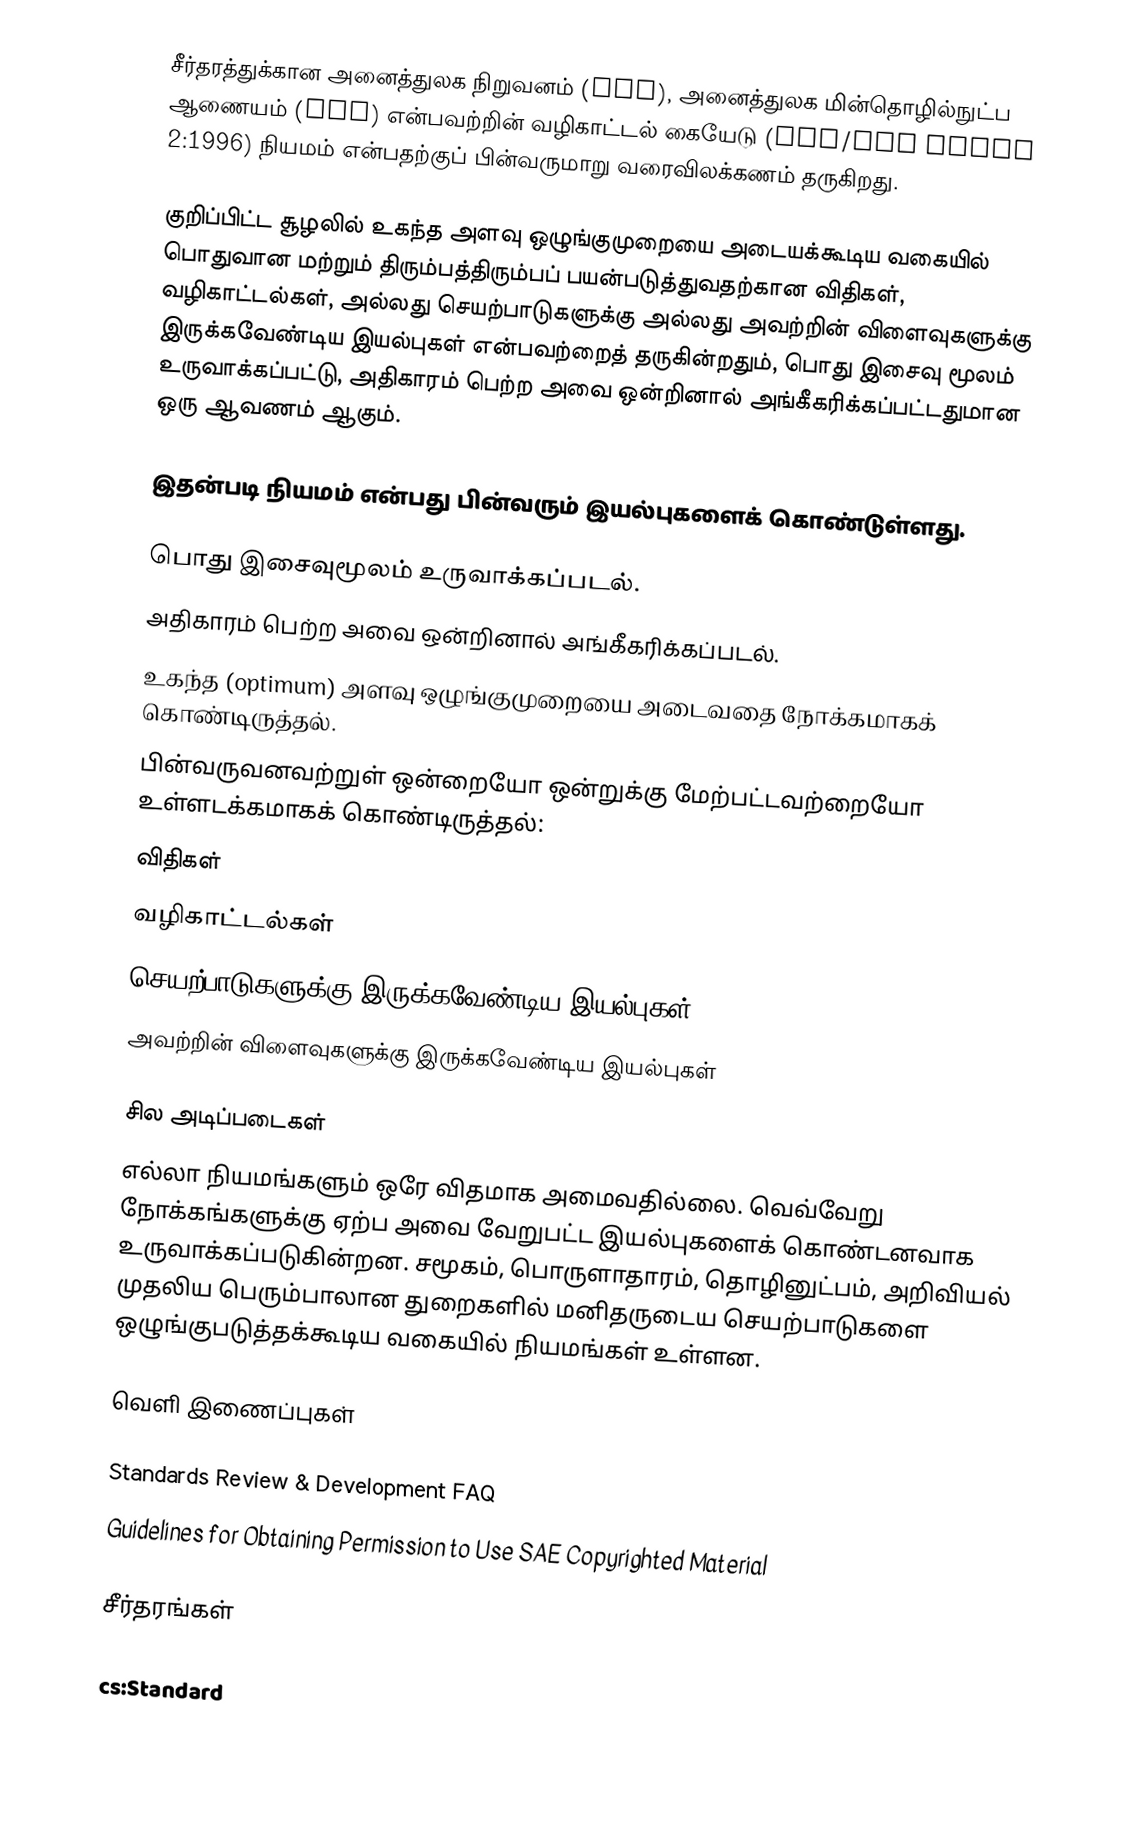
சீர்தரத்துக்கான அனைத்துலக நிறுவனம் (ISO), அனைத்துலக மின்தொழில்நுட்ப ஆணையம் (IEC) என்பவற்றின் வழிகாட்டல் கையேடு (ISO/IEC Guide 2:1996)  நியமம் என்பதற்குப் பின்வருமாறு வரைவிலக்கணம் தருகிறது.

குறிப்பிட்ட சூழலில் உகந்த அளவு ஒழுங்குமுறையை அடையக்கூடிய வகையில் பொதுவான மற்றும் திரும்பத்திரும்பப் பயன்படுத்துவதற்கான விதிகள், வழிகாட்டல்கள், அல்லது செயற்பாடுகளுக்கு அல்லது அவற்றின் விளைவுகளுக்கு இருக்கவேண்டிய இயல்புகள் என்பவற்றைத் தருகின்றதும், பொது இசைவு மூலம் உருவாக்கப்பட்டு, அதிகாரம் பெற்ற அவை ஒன்றினால் அங்கீகரிக்கப்பட்டதுமான ஒரு ஆவணம் ஆகும்.

இதன்படி நியமம் என்பது பின்வரும் இயல்புகளைக் கொண்டுள்ளது.

 பொது இசைவுமூலம் உருவாக்கப்படல்.
 அதிகாரம் பெற்ற அவை ஒன்றினால் அங்கீகரிக்கப்படல்.
 உகந்த (optimum) அளவு ஒழுங்குமுறையை அடைவதை நோக்கமாகக் கொண்டிருத்தல்.
 பின்வருவனவற்றுள் ஒன்றையோ ஒன்றுக்கு மேற்பட்டவற்றையோ உள்ளடக்கமாகக் கொண்டிருத்தல்:
 விதிகள்
 வழிகாட்டல்கள்
 செயற்பாடுகளுக்கு இருக்கவேண்டிய இயல்புகள்
 அவற்றின் விளைவுகளுக்கு இருக்கவேண்டிய இயல்புகள்

சில அடிப்படைகள்
எல்லா நியமங்களும் ஒரே விதமாக அமைவதில்லை. வெவ்வேறு நோக்கங்களுக்கு ஏற்ப அவை வேறுபட்ட இயல்புகளைக் கொண்டனவாக உருவாக்கப்படுகின்றன. சமூகம், பொருளாதாரம், தொழினுட்பம், அறிவியல் முதலிய பெரும்பாலான துறைகளில் மனிதருடைய செயற்பாடுகளை ஒழுங்குபடுத்தக்கூடிய வகையில் நியமங்கள் உள்ளன.

வெளி இணைப்புகள்

 Standards Review & Development FAQ
 Guidelines for Obtaining Permission to Use SAE Copyrighted Material

சீர்தரங்கள்

cs:Standard